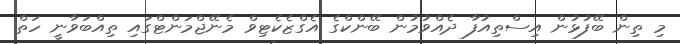
މި ތިން ބޭފުޅުން އިސްތިއުފާ ދެއްވުމުން ބޭންކްގެ އެގްޒެކެޓިވް މެނޭޖްމަންޓްގައި ތިއްބަވާނީ ހަތް